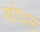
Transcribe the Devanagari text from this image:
शोधलं